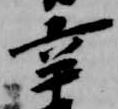
辛